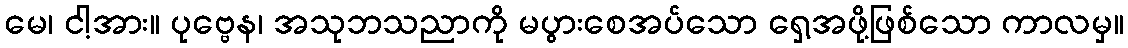
မေ၊ ငါ့အား။ ပုဗ္ဗေန၊ အသုဘသညာကို မပွားစေအပ်သော ရှေ့အဖို့ဖြစ်သော ကာလမှ။